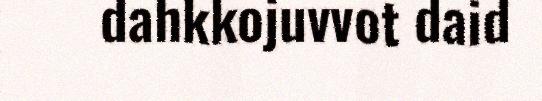
dahkkojuvvot daid